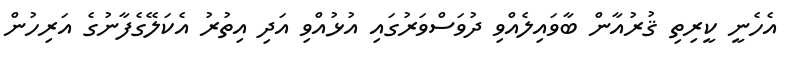
އެހެނީ ކީރިތި ޤުރުއާން ބާވައިލެއްވި ދުވަސްވަރުގައި އުޅުއްވި އަދި އިތުރު އެކަލޭގެފާނުގެ އަރިހުން